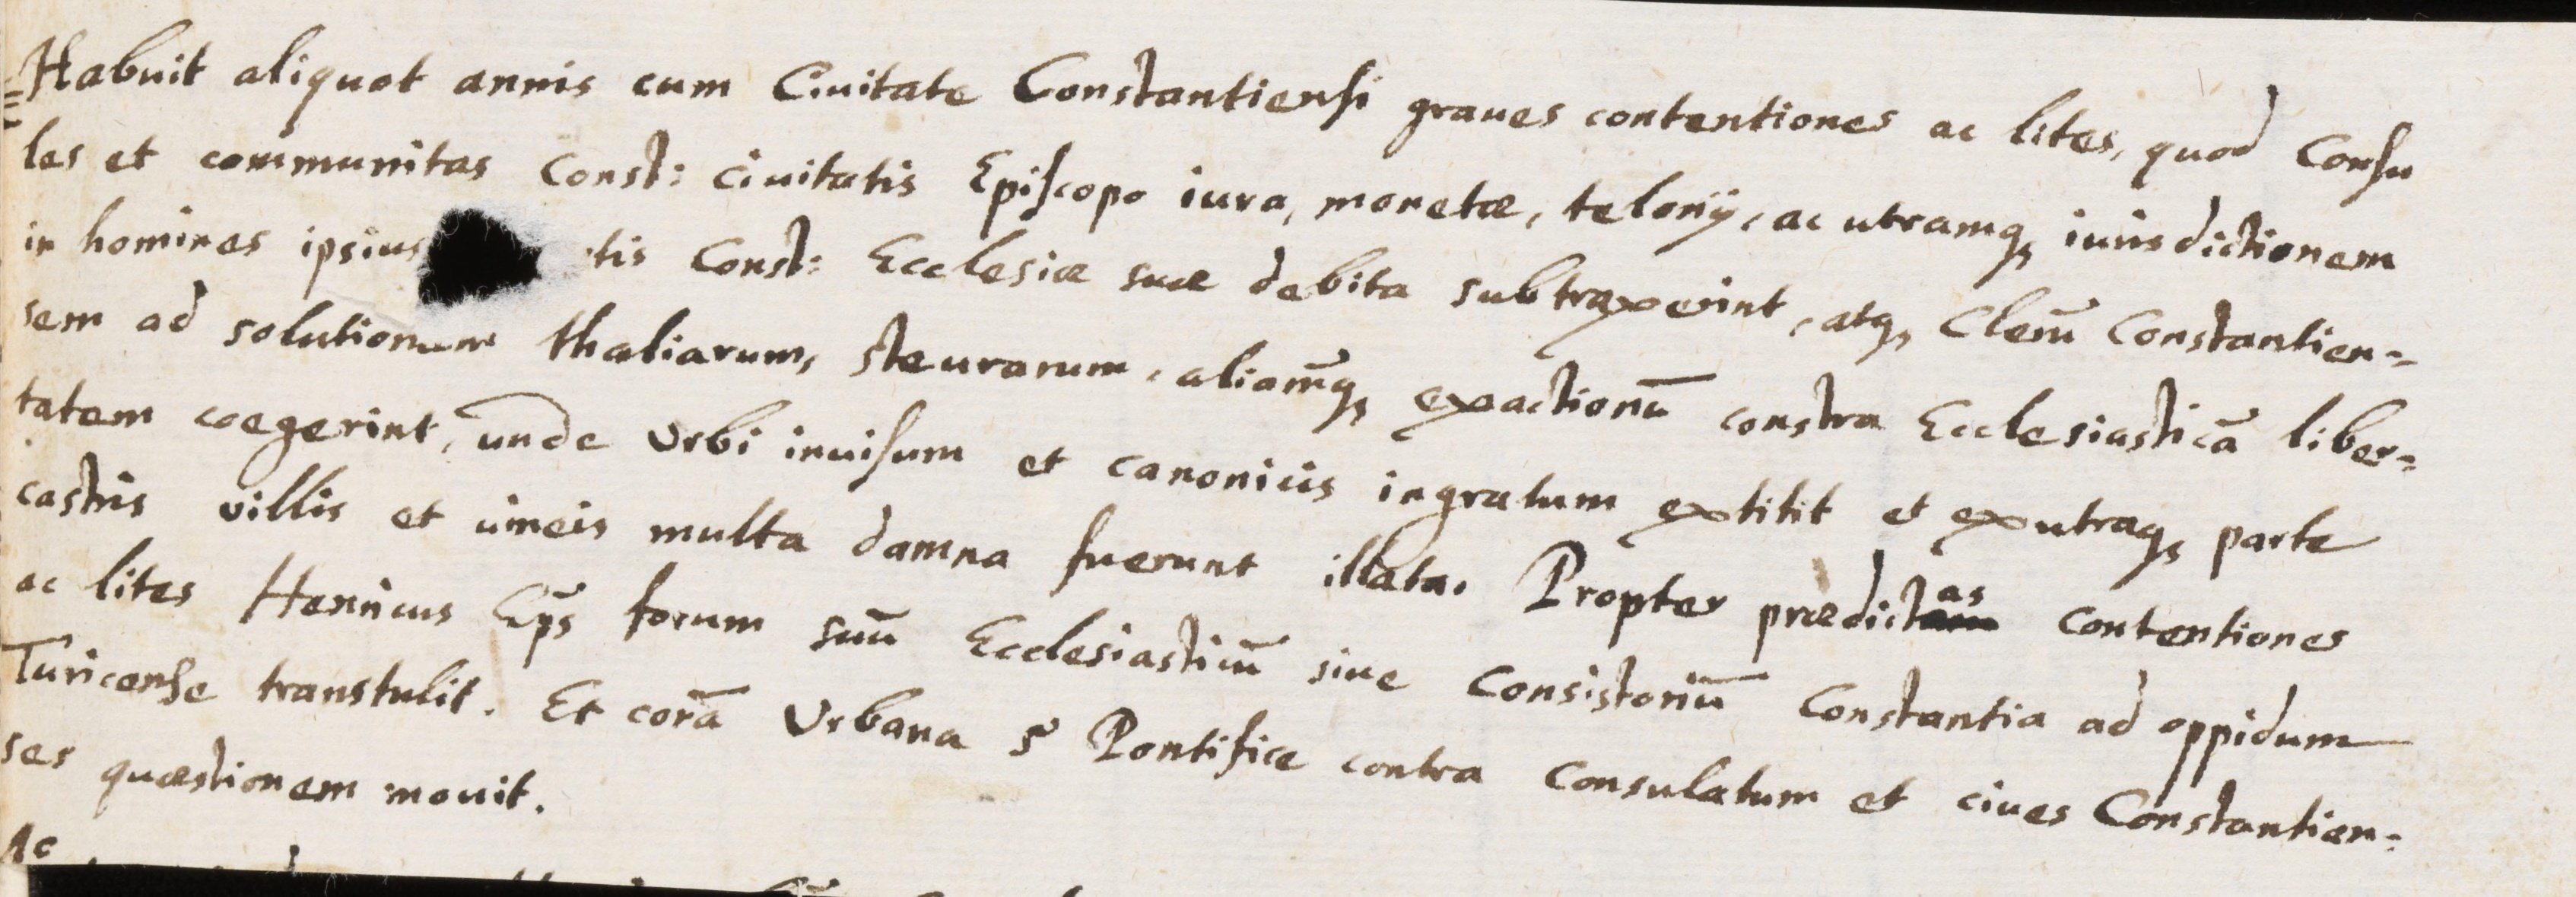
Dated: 1629–1659